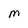
Character: M